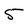
Character: S